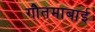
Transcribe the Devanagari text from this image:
गौतमाबाई